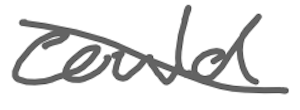
Text: could
Cross-out: diagonal
Writing tool: digital_gray